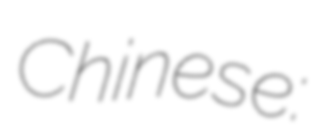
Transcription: Chinese: